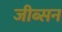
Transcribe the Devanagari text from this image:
जीब्सन